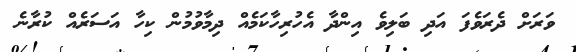
ވަރަށް ދެރަވެފަ އަދި ބަލިވެ އިންދާ އެހުރިހާކަމެއް ދިމާވުމުން ކިހާ އަސަރެއް ކުރާނެ